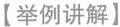
【举例讲解】